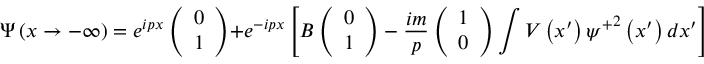
\Psi \left( x \rightarrow - \infty \right) = e ^ { i p x } \left( \begin{array} { c } { { 0 } } \\ { { 1 } } \end{array} \right) + e ^ { - i p x } \left[ B \left( \begin{array} { c } { { 0 } } \\ { { 1 } } \end{array} \right) - \frac { i m } p \left( \begin{array} { c } { { 1 } } \\ { { 0 } } \end{array} \right) \int V \left( x ^ { \prime } \right) { \psi ^ { + } } ^ { 2 } \left( x ^ { \prime } \right) d x ^ { \prime } \right] .